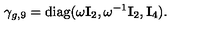
\gamma _ { g , 9 } = { \mathrm { d i a g } } ( \omega { \bf I } _ { 2 } , \omega ^ { - 1 } { \bf I } _ { 2 } , { \bf I } _ { 4 } ) .